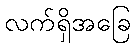
လက်ရှိအခြေ